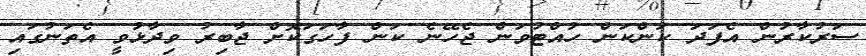
ސަރުކާރުން އެފަދަ ކަންކަން ހުއްޓުވަން ޖެހޭނެ ކަން ފާހަގަކޮށް ޖާބިރު ވިދާޅުވީ އެތަނުގައި